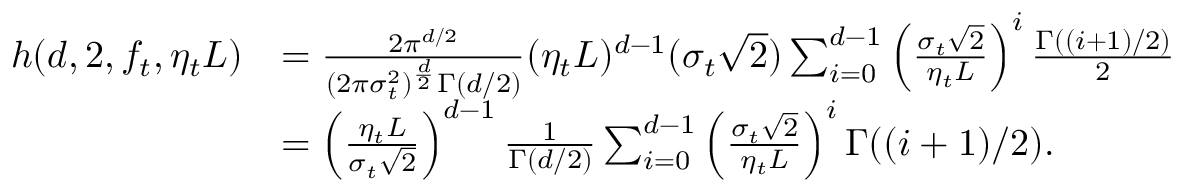
\begin{array} { r l } { h ( d , 2 , f _ { t } , \eta _ { t } L ) } & { = \frac { 2 \pi ^ { d / 2 } } { ( 2 \pi \sigma _ { t } ^ { 2 } ) ^ { \frac { d } { 2 } } \Gamma ( d / 2 ) } ( \eta _ { t } L ) ^ { d - 1 } ( \sigma _ { t } \sqrt { 2 } ) \sum _ { i = 0 } ^ { d - 1 } \left( \frac { \sigma _ { t } \sqrt { 2 } } { \eta _ { t } L } \right) ^ { i } \frac { \Gamma ( ( i + 1 ) / 2 ) } { 2 } } \\ & { = \left( \frac { \eta _ { t } L } { \sigma _ { t } \sqrt { 2 } } \right) ^ { d - 1 } \frac { 1 } { \Gamma ( d / 2 ) } \sum _ { i = 0 } ^ { d - 1 } \left( \frac { \sigma _ { t } \sqrt { 2 } } { \eta _ { t } L } \right) ^ { i } \Gamma ( ( i + 1 ) / 2 ) . } \end{array}